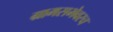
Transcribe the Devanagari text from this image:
ग्रामसभेवरच